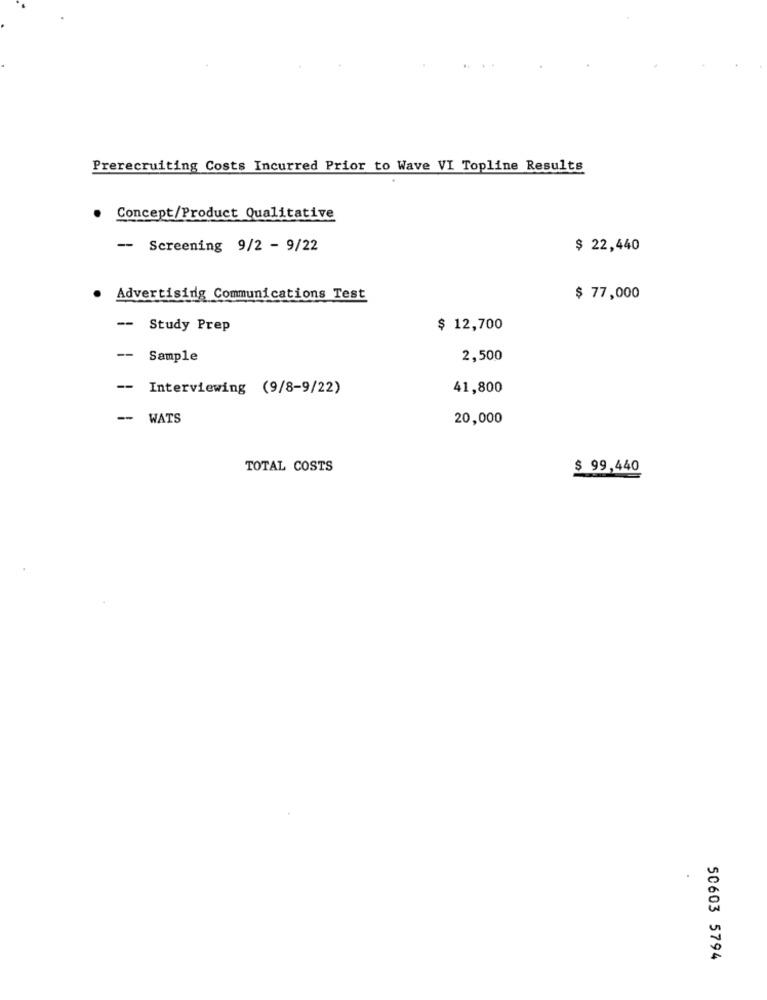
Prerecruiting Costs Incurred Prior to Wave VI Topline Results
. Concept/Product Qualitative
-
Screening 9/2 - 9/22
$ 22,440
. Advertising Communications Test
$ 77,000
-
Study Prep
$ 12,700
-
Sample
2,500
-- Interviewing (9/8-9/22)
41,800
-- WATS
20,000
TOTAL COSTS
$ 99,440
50603 5794